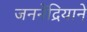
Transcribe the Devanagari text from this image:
जननेंद्रियाने